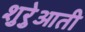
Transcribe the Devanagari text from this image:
शुरेुआती